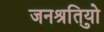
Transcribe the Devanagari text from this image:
जनश्रुतियो